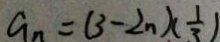
a _ { n } = ( 3 - 2 n ) ( \frac { 1 } { 3 } )